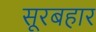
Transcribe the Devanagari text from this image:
सूरबहार